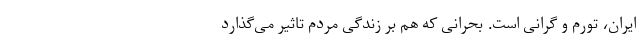
ایران، تورم و گرانی است. بحرانی که هم بر زندگی مردم تاثیر می‌گذارد